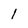
Character: l